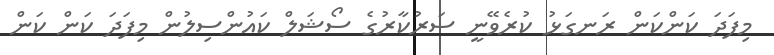
މިފަދަ ކަންކަން ރަނގަޅު ކުރެވޭނީ ސަރުކާރުގެ ސޯޝަލް ކައުންސިލުން މިފަދަ ކަން ކަން